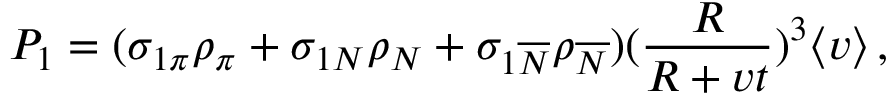
P _ { 1 } = ( \sigma _ { 1 \pi } \rho _ { \pi } + \sigma _ { 1 N } \rho _ { N } + \sigma _ { 1 \overline { { { N } } } } \rho _ { \overline { { { N } } } } ) ( \frac { R } { R + v t } ) ^ { 3 } \langle v \rangle \, ,